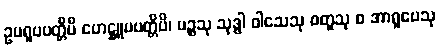
ဥပရူပပတ္တိပိ ဟေဋ္ဌူပပတ္တိပိ၊ ပဉ္စသု သုဒ္ဓါ ဝါသေသု စတူသု စ အာရူပေသု